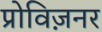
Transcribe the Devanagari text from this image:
प्रोविज़नर